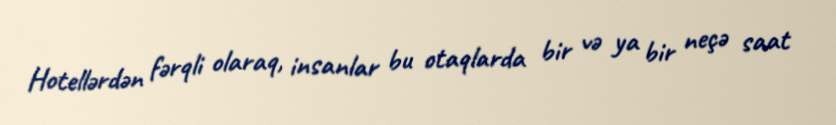
Hotellərdən fərqli olaraq, insanlar bu otaqlarda bir və ya bir neçə saat